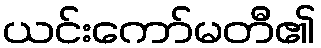
ယင်းကော်မတီ၏